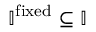
\mathbb { I } ^ { \mathrm { f i x e d } } \subseteq \mathbb { I }